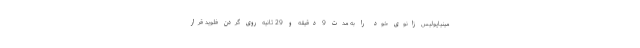
مینیاپولیس زانوی خود را به مدت 9 دقیقه و 29 ثانیه روی گردن فلوید قرار